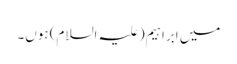
میں ابراہیم(علیہ السلام) ہوں۔